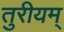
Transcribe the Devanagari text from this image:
तुरीयम्‌